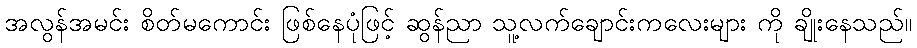
အလွန်အမင်း စိတ်မကောင်း ဖြစ်နေပုံဖြင့် ဆွန်ညာ သူ့လက်ချောင်းကလေးများ ကို ချိုးနေသည်။